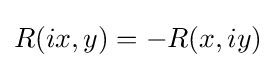
R(ix,y)=-R(x,iy)